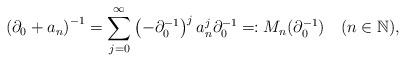
LaTeX: \begin{align*}\left(\partial_{0}+a_{n}\right)^{-1}=\sum_{j=0}^{\infty}\left(-\partial_{0}^{-1}\right)^{j}a_{n}^{j}\partial_{0}^{-1}\eqqcolon M_{n}(\partial_{0}^{-1})\quad(n\in\mathbb{N}),\end{align*}